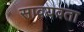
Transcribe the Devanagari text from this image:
सावयवता